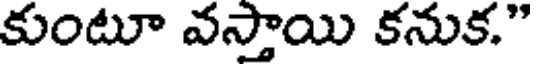
కుంటూ వస్తాయి కనుక."